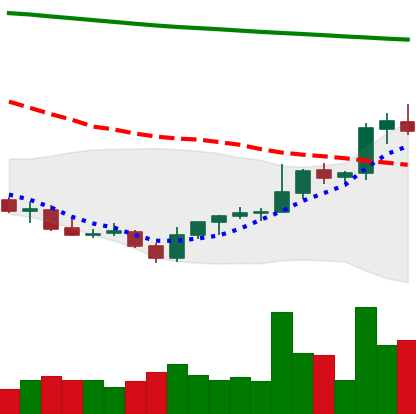
Ticker: LINK-USD
Chart end date: 2021-08-01
Forward return: 7.83%
Label: up_7plus